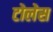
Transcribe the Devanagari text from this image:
टोलेस